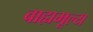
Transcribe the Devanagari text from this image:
बाह्यमूल्य